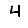
Digit: 4